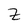
Character: Z